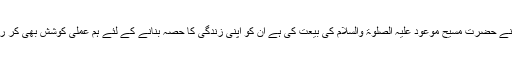
جن شرائط پر ہم نے حضرت مسیح موعود علیہ الصلوۃ والسلام کی بیعت کی ہے اُن کو اپنی زندگی کا حصہ بنانے کے لئے ہم عملی کوشش بھی کر رہے ہیں کہ نہیں؟